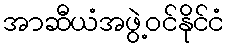
အာဆီယံအဖွဲ့ဝင်နိုင်ငံ